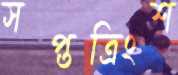
সপ্তত্রিংশ